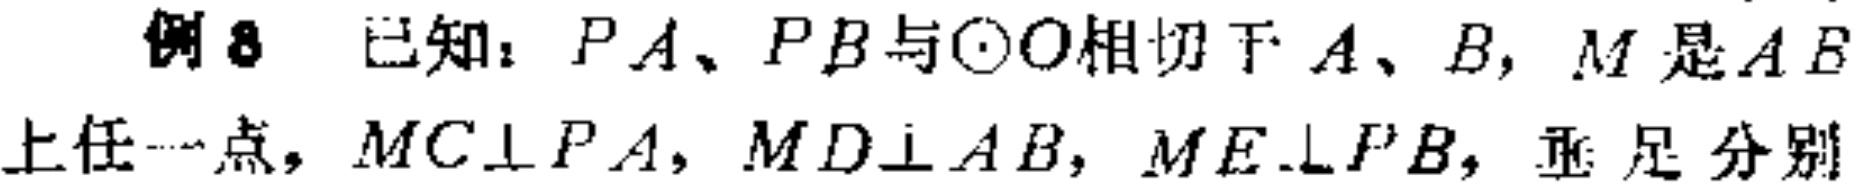
例8 已知：$PA、PB$与$\odot O$相切于$A、B$，$M$是$AB$上任一点，$MC\perp PA$，$MD\perp AB$，$ME\perp PB$，垂足分别